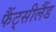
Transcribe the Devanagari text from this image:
फैंट्सीलैंड